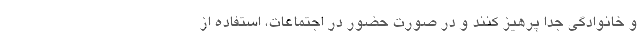
و خانوادگی جداً پرهیز کنند و در صورت حضور در اجتماعات، استفاده از